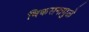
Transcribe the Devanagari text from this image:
विकसनामुळे